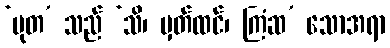
‘မုတ’ သည် ‘သိ၊ မှတ်ထင်၊ ကြံဆ’ သောအရာ